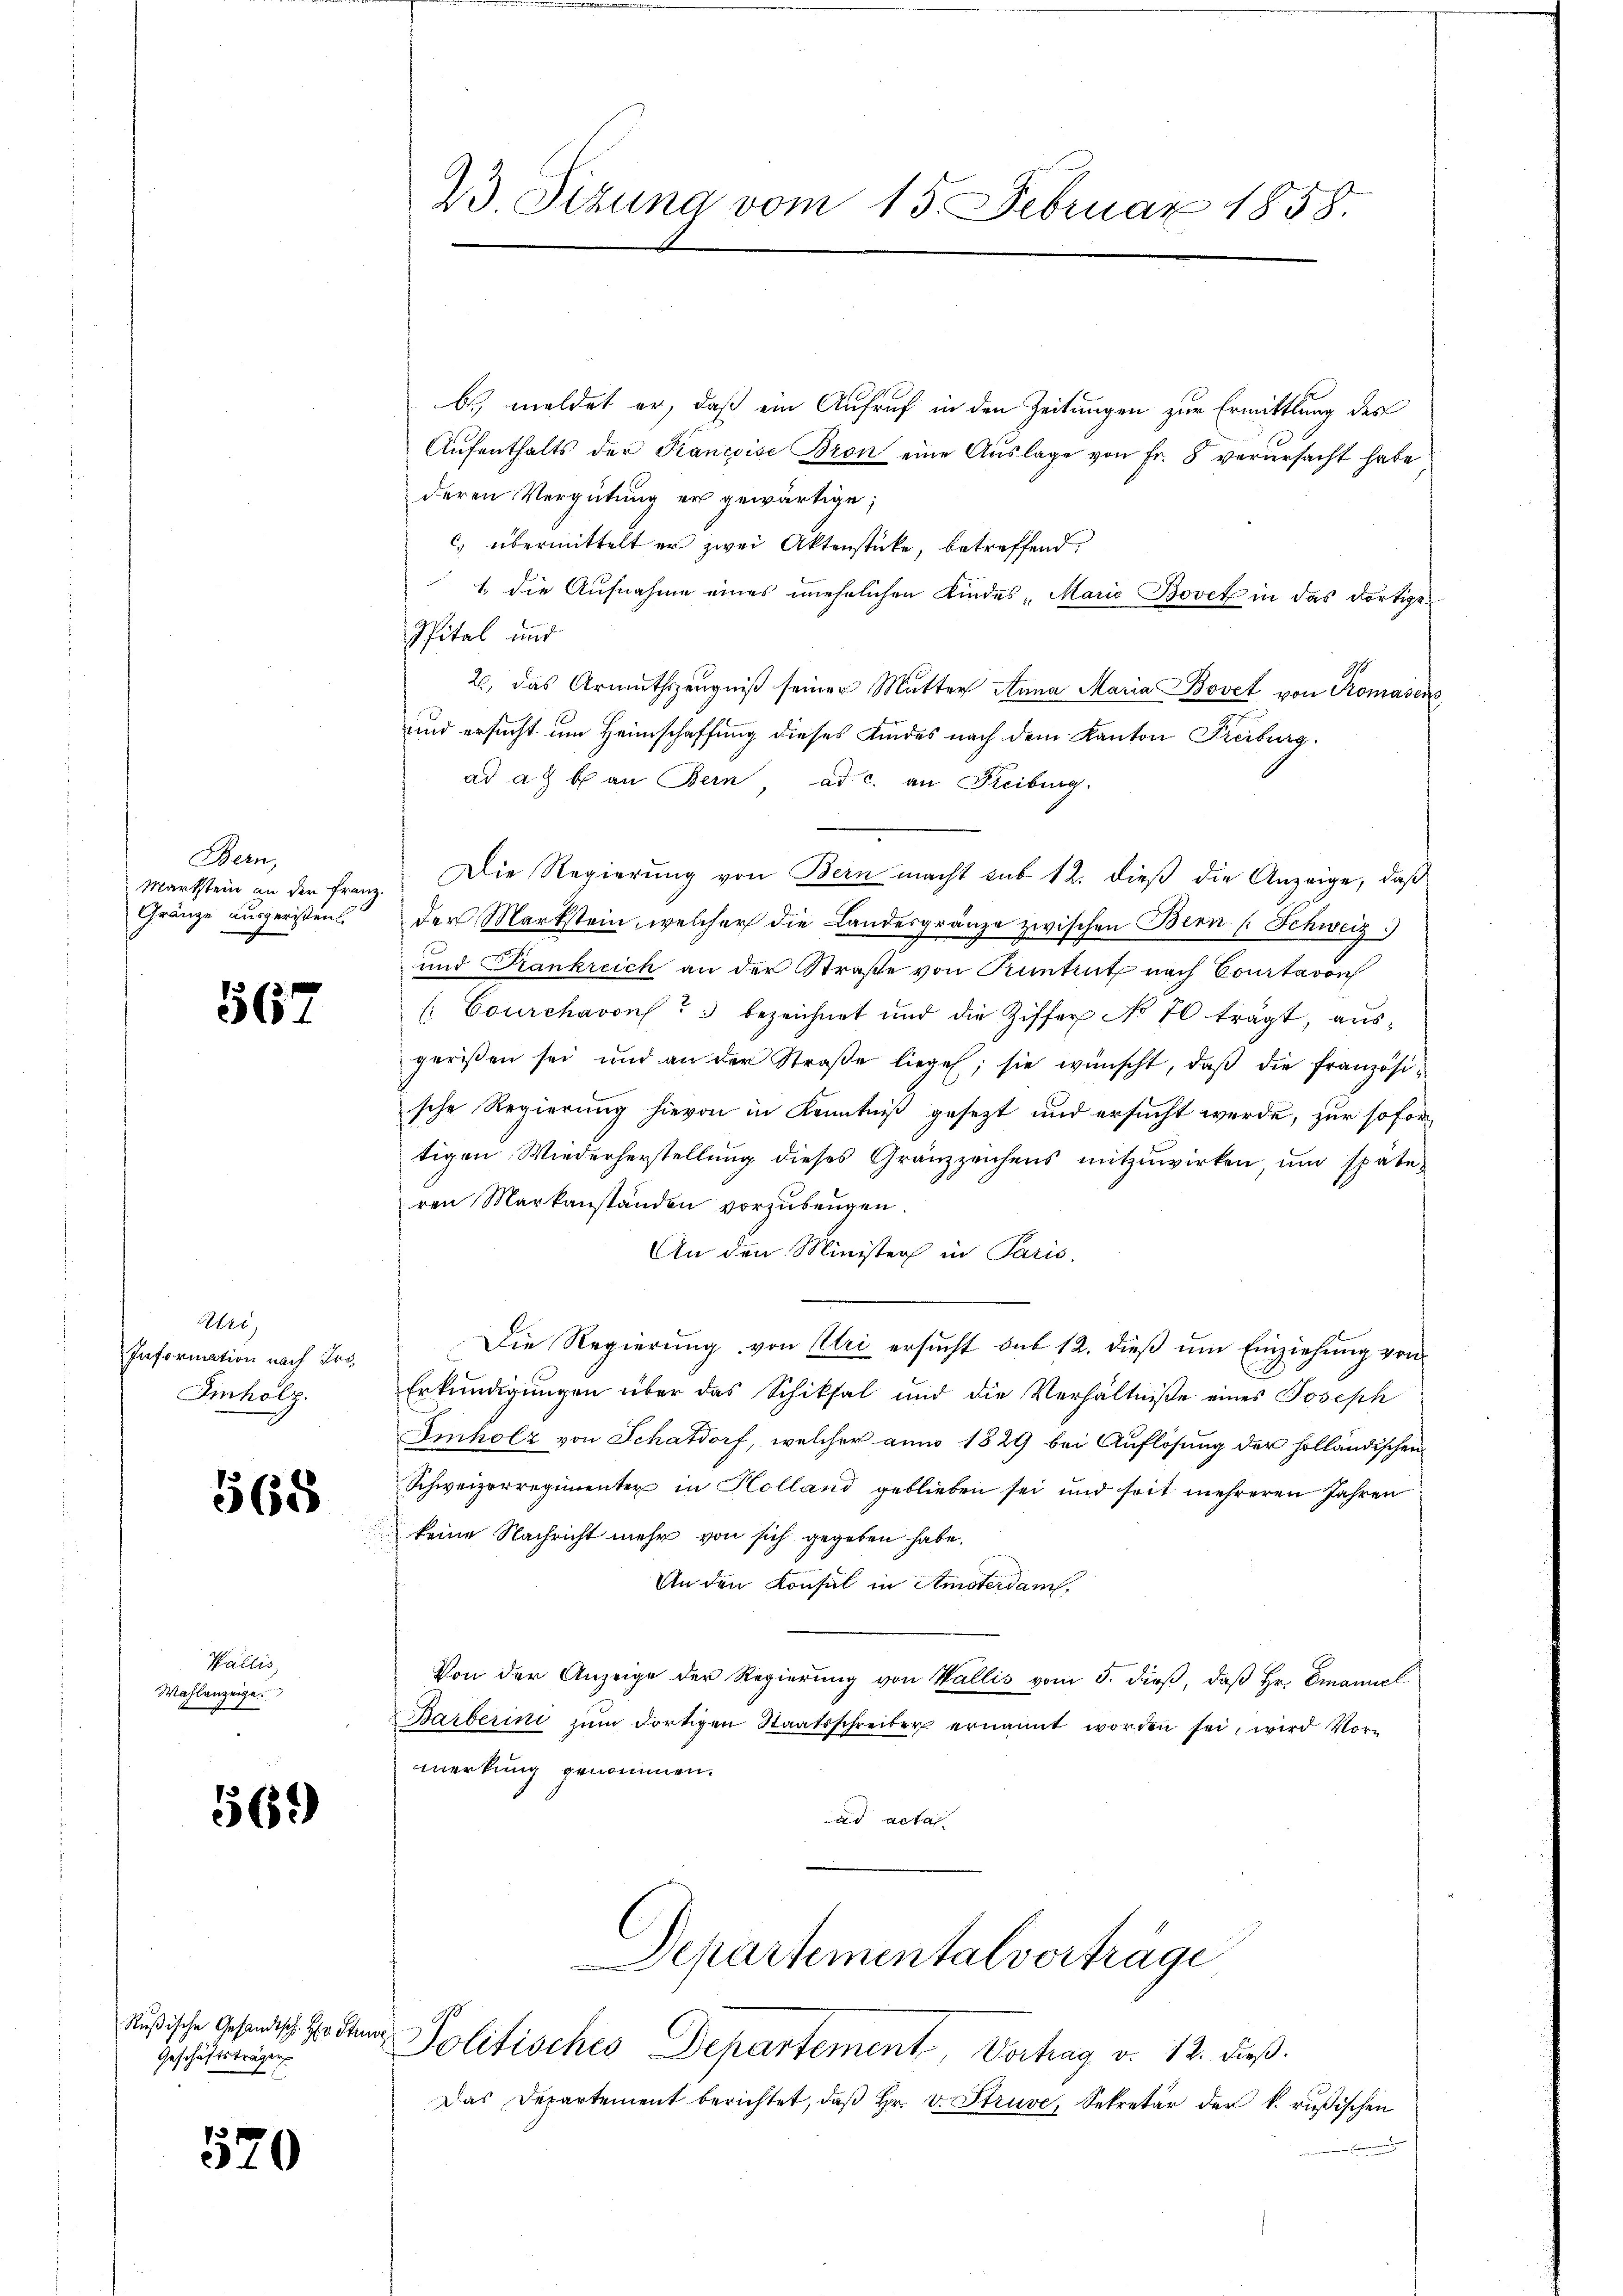
Bern,
Markstein an der Franz.
Gränze ausgeristen.

567

Uer
Information nach Tro
Imholz.

568

Wallis,
Wahlanzeige
i

5569

Geschäftsträgen
.

520

b) meldet er, daß ein Aufruf in den Zeitungen zur Ermittlung des
Aŭfenthalts der Francoise Bron eine Auslage von Fr. 8 verursacht habe,
deren Vergütung er gewärtige;
c) übermittelt er zwei Aktenstücke, betreffend.
1. die Aufnahme eines unehrlichen Kindes „Marie Bovet in das dortige
Spital und
2, das Armuthszeugniß seiner Mutter Anna Maria Bovet von Romasens
und ersucht um Heimschaffung dieses Kindes nach dem Kanton Freiburg.
ad a. b. an Bern, ad c. an Reibung.
Die Regierung von Bern macht sub 12. dieß die Anzeige, daß
der Markstein, welcher die Landesgränze zwischen Bern (: Schweiz)
und Frankreich an der Straße von Kuntent nach Courtavon
(Courchavon 3 bezeichnet und die Ziffer No 70 trägt, ausgerißen sei und an der Straβe liege; sie wünscht, daβ die französische Regierung hievon in Kenntniß gesezt und ersucht werde, zur sofor
tigen Wiederherstellŭng dieses Gränzzeichens mitzuwirken, ŭm späte
ren Markanstanden vorzubeugen.
An den Minister in Paris.
Die Regierung von Uri ersucht das 12. dieß um Einziehung von
Erkundigungen über das Schiksal und die Verhältniße eines Joseph
Einholz von Schatdorf, welcher anno 1829 bei Auflösung der holländischen
Schweizerregimenter in Holland geblieben sei und seit mehreren Jahren
keine Nachricht mehr von sich gegeben habe.
An den Konsul in Amsterdam,
Von der Anzeige der Regierung von Wallis vom 5. dieß, daß Hr. Emanuel
Barberini zŭm dortigen Staatsschreiber ernannt worden sei, wird Vor-
merkung genommen.
ad acta

23 Sizung vom 15. Februar 1858.

Departementalvorträge
rŭsische Gesandtsch. Er den Politisches Departement, Vortrag v. 12. dieß.

Das Departement berichtet, daβ hr. v. Struve, Sekretär der k. rußischen